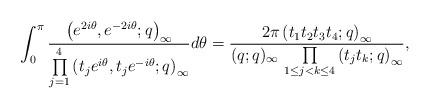
LaTeX: \begin{align*}\int_0^\pi\frac{\left(e^{2i\theta},e^{-2i\theta};q\right)_\infty}{\prod\limits_{j=1}^4\left(t_je^{i\theta},t_je^{-i\theta};q\right)_\infty} d\theta=\frac{2\pi\left(t_1t_2t_3t_4;q\right)_\infty}{(q;q)_\infty\,\prod\limits_{1\le j<k\le 4}\left(t_jt_k;q\right)_\infty},\end{align*}